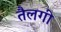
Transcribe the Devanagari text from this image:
तैलगी